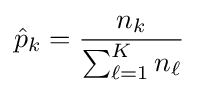
{\hat {p}}_{k}={\frac {n_{k}}{\sum _{\ell =1}^{K}n_{\ell }}}